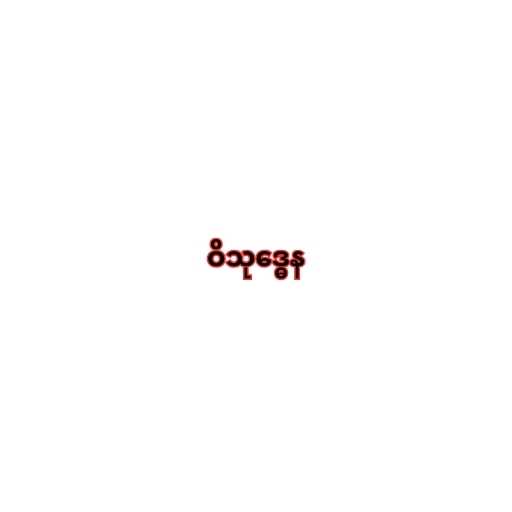
ဝိသုဒ္ဓေန